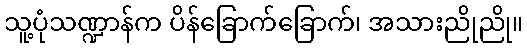
သူ့ပုံသဏ္ဍာန်က ပိန်ခြောက်ခြောက်၊ အသားညိုညို။